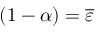
( { 1 - \alpha } ) = { \overline { { \varepsilon } } }